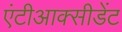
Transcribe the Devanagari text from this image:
एंटीआक्सीडेंट